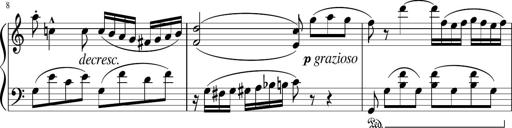
Title: 3 Sonatinen
Composer: Heinrich Lichner